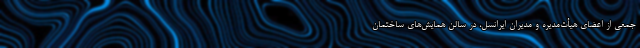
جمعی از اعضای هیأت‌مدیره و مدیران ایرانسل، در سالن همایش‌های ساختمان